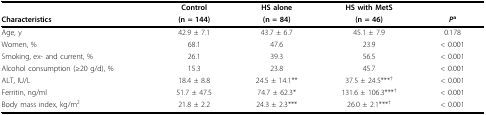
|  | Control | HS alone | HS with MetS |  |
 | Characteristics | (n = 144) | (n = 84) | (n = 46) | Pa |
 | --- | --- | --- | --- | --- |
 | Age, y | 42.9 ± 7.1 | 43.7 ± 6.7 | 45.1 ± 7.9 | 0.178 |
 | Women, % | 68.1 | 47.6 | 23.9 | < 0.001 |
 | Smoking, ex- and current, % | 26.1 | 39.3 | 56.5 | < 0.001 |
 | Alcohol consumption (≥20 g/d), % | 15.3 | 23.8 | 45.7 | < 0.001 |
 | ALT, IU/L | 18.4 ± 8.8 | 24.5 ± 14.1** | 37.5 ± 24.5***† | < 0.001 |
 | Ferritin, ng/ml | 51.7 ± 47.5 | 74.7 ± 62.3* | 131.6 ± 106.3***† | < 0.001 |
 | Body mass index, kg/m2 | 21.8 ± 2.2 | 24.3 ± 2.3*** | 26.0 ± 2.1***† | < 0.001 |